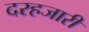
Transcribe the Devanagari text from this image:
दरहजारी